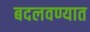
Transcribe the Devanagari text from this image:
बदलवण्यात